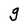
Character: g